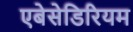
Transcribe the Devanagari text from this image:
एबेसेडिरियम